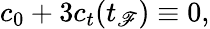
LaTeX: c_{0}+3c_{t}(t_{\mathscr{F}})\equiv0,